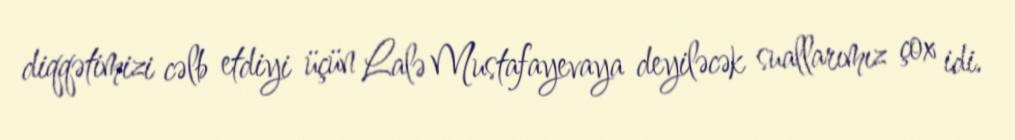
diqqətimizi cəlb etdiyi üçün Lalə Mustafayevaya deyiləcək suallarımız çox idi.